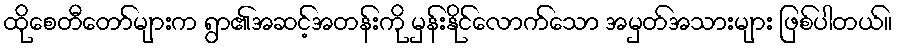
ထိုစေတီတော်များက ရွာ၏အဆင့်အတန်းကို မှန်းနိုင်လောက်သော အမှတ်အသားများ ဖြစ်ပါတယ်။